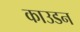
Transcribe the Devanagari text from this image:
काउडन